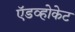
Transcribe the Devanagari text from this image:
ऍडव्होकेट